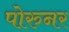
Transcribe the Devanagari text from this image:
पोरुनर